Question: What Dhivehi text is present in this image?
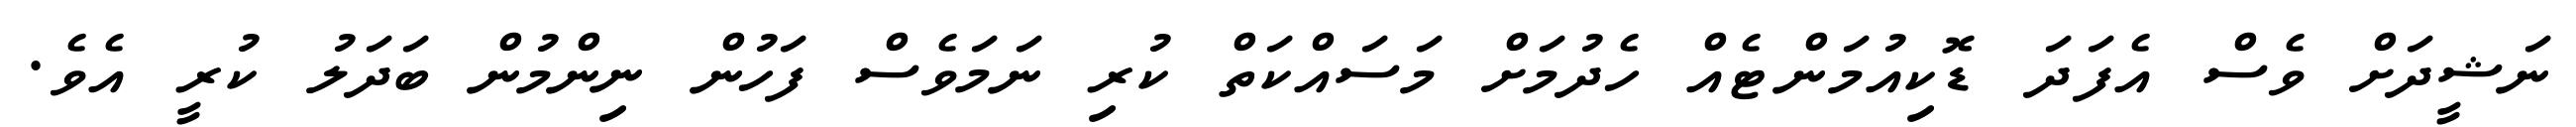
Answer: ނަޝީދަށް ވެސް އެފަދަ ޑޮކިއުމަންޓެއް ހެދުމަށް މަސައްކަތް ކުރި ނަމަވެސް ފަހުން ނިންމުން ބަދަލު ކުރީ އެވެ.